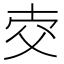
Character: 𤕐